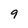
Character: 9